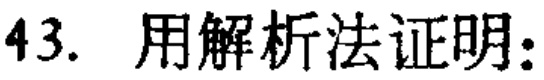
43. 用解析法证明：